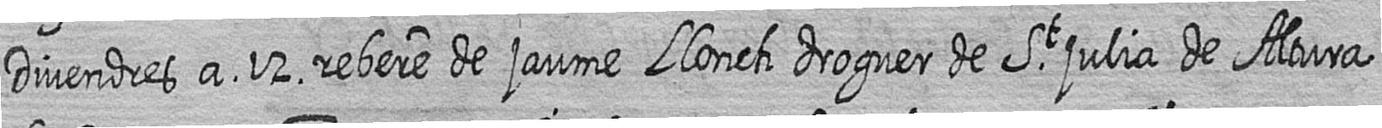
Divendres a 12 rebere de jaume Llonch droguer de St julia de Altura